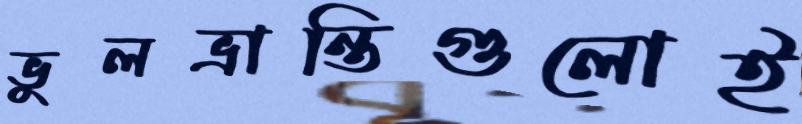
ভুলভ্রান্তিগুলোই